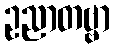
ဥညာတဗ္ဗာ